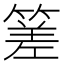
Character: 𥰭